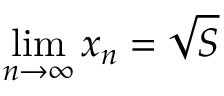
\operatorname* { l i m } _ { n \to \infty } x _ { n } = { \sqrt { S } }